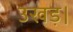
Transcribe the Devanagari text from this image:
उखड़।